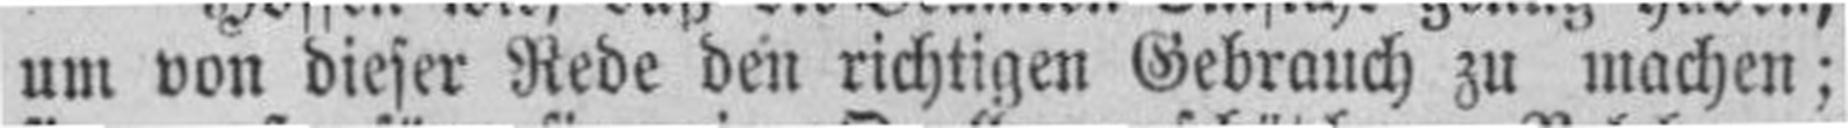
um von dieser Rede den richtigen Gebrauch zu machen: